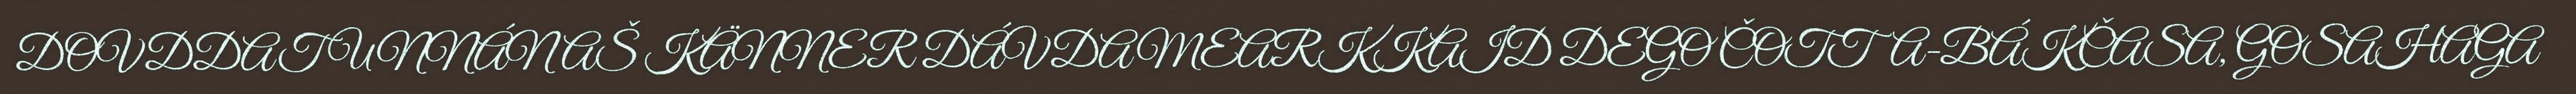
DOVDDAT UNNÁNAŠ KÄNNER DÁVDAMEARKKAID DEGO ČOTTA-BÁKČASA, GOSAHAGA